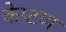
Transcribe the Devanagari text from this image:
केप्टण